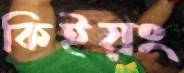
কিইয়ং